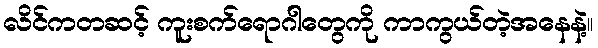
လိင်ကတဆင့် ကူးစက်ရောဂါတွေကို ကာကွယ်တဲ့အနေနဲ့။